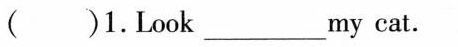
( )1.Look ___ my cat.